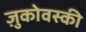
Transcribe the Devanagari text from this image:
ज़ुकोवस्की